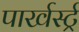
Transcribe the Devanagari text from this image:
पार्खर्स्ट्र